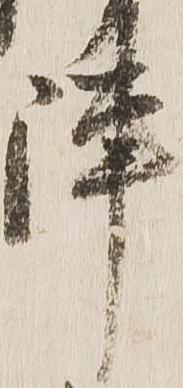
陣